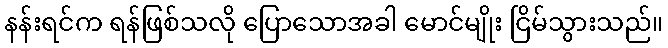
နန်းရင်က ရန်ဖြစ်သလို ပြောသောအခါ မောင်မျိုး ငြိမ်သွားသည်။